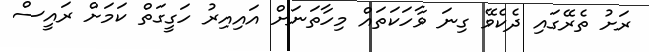
ރަށު ތެރޭގައި ދެކެވޭ ގިނަ ވާހަކަތައް މިހާތަނަށް އައިިއިރު ހަގީގަތް ކަމަށް ރައީސް